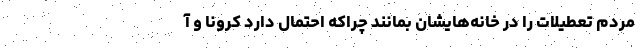
مردم تعطیلات را در خانه‌هایشان بمانند چراکه احتمال دارد کرونا و آ